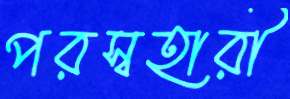
পরস্বহারী